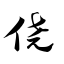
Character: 侥